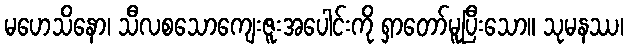
မဟေသိနော၊ သီလစသောကျေးဇူးအပေါင်းကို ရှာတော်မူပြီးသော။ သုမနဿ၊